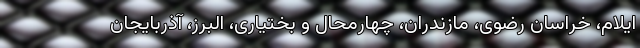
ایلام، خراسان رضوی، مازندران، چهارمحال و بختیاری، البرز، آذربایجان